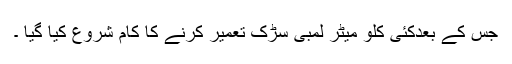
جس کے بعدکئی کلو میٹر لمبی سڑک تعمیر کرنے کا کام شروع کیا گیا ۔